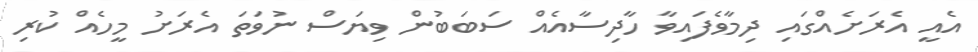
އެއީ އެރަށެއްގައި ދިމާވެފައިވާ ހާދިސާއެއް ސަބަބުން ވިޔަސް ނުވަތަ އެރަށު މީހެއް ކުރި